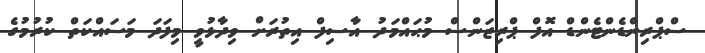
ސްޕްރިންޑެންޓެންޑް އޮފް ޕްރިޒަންސް މުޙައްމަދު އާސިފް އިތުރަށް ވިދާޅުވީ މިފަދަ މަސައްކަތް ކުރުމުގެ